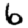
Digit: 6